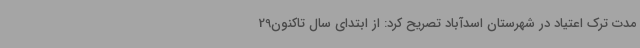
مدت ترک اعتیاد در شهرستان اسدآباد تصریح کرد: از ابتدای سال تاکنون29